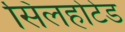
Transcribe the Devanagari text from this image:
सिलहोटेड